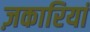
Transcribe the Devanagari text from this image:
ज़कारियां